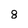
Character: 8